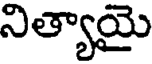
నిత్యాయై